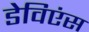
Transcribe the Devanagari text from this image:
डेविएंस